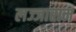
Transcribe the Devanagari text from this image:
लज्जाराम